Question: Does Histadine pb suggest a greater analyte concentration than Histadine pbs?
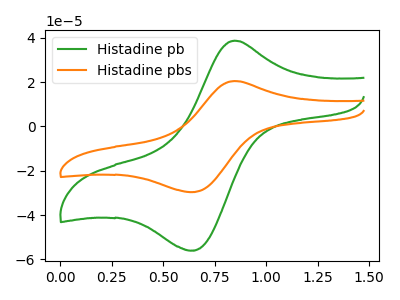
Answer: <think>The green curve "Histadine pb" has an anodic peak at (0.85V, 38.65uA) and a cathodic peak at (0.65V, -55.95uA). The orange curve "Histadine pbs" has an anodic peak at (0.85V, 20.45uA) and a cathodic peak at (0.65V, -29.60uA).
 All the peaks in "Histadine pb" have a peak in "Histadine pbs" at the same potential. Every peak in "Histadine pb" is higher than every peak in "Histadine pbs".</think>
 <answer>"Histadine pb" has more signal than "Histadine pbs".</answer>
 <eval>more_signal</eval>